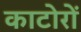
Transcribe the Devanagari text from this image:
काटोरों